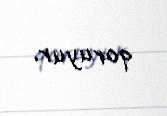
qoruyur.